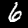
Digit: 6